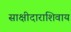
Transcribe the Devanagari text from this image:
साक्षीदाराशिवाय